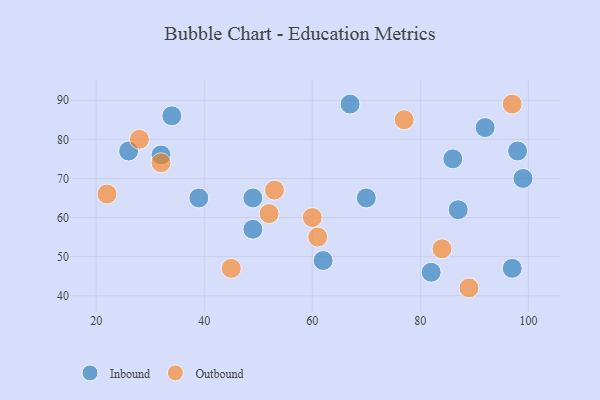
{"axis": {"x": "GDP", "y": "Life Expectancy"}, "legend": ["Inbound", "Outbound"], "data": [{"x": "49", "y": 57, "type": "Inbound"}, {"x": "26", "y": 77, "type": "Inbound"}, {"x": "39", "y": 65, "type": "Inbound"}, {"x": "49", "y": 65, "type": "Inbound"}, {"x": "62", "y": 49, "type": "Inbound"}, {"x": "99", "y": 70, "type": "Inbound"}, {"x": "70", "y": 65, "type": "Inbound"}, {"x": "98", "y": 77, "type": "Inbound"}, {"x": "32", "y": 76, "type": "Inbound"}, {"x": "92", "y": 83, "type": "Inbound"}, {"x": "97", "y": 47, "type": "Inbound"}, {"x": "82", "y": 46, "type": "Inbound"}, {"x": "86", "y": 75, "type": "Inbound"}, {"x": "67", "y": 89, "type": "Inbound"}, {"x": "34", "y": 86, "type": "Inbound"}, {"x": "87", "y": 62, "type": "Inbound"}, {"x": "22", "y": 66, "type": "Outbound"}, {"x": "45", "y": 47, "type": "Outbound"}, {"x": "89", "y": 42, "type": "Outbound"}, {"x": "60", "y": 60, "type": "Outbound"}, {"x": "32", "y": 74, "type": "Outbound"}, {"x": "61", "y": 55, "type": "Outbound"}, {"x": "53", "y": 67, "type": "Outbound"}, {"x": "52", "y": 61, "type": "Outbound"}, {"x": "84", "y": 52, "type": "Outbound"}, {"x": "97", "y": 89, "type": "Outbound"}, {"x": "28", "y": 80, "type": "Outbound"}, {"x": "77", "y": 85, "type": "Outbound"}]}